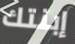
إبنتك